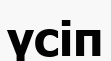
үсіп